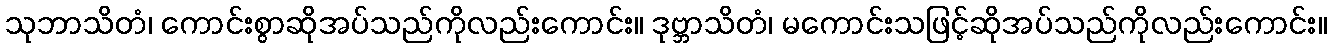
သုဘာသိတံ၊ ကောင်းစွာဆိုအပ်သည်ကိုလည်းကောင်း။ ဒုဗ္ဘာသိတံ၊ မကောင်းသဖြင့်ဆိုအပ်သည်ကိုလည်းကောင်း။